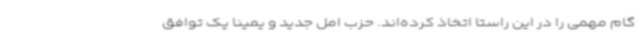
گام مهمی را در این راستا اتخاذ کرده‌اند. حزب امل جدید و یمینا یک توافق